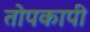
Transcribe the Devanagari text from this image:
तोपकापी